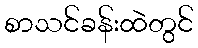
စာသင်ခန်းထဲတွင်